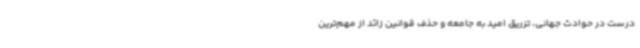
درست در حوادث جهانی، تزریق امید به جامعه و حذف قوانین زائد از مهم‌ترین